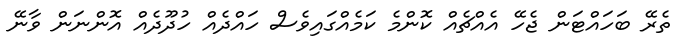
ތެރޭ ބަހައްޓަން ޖެހޭ އެއްޗެއް ކޮންމެ ކަމެއްގައިވެސް ހައްދެއް ހުދޫދެއް އޮންނަން ވާނޭ